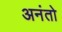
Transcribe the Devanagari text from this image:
अनंतो